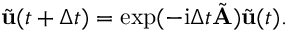
\tilde { \mathbf { u } } ( t + \Delta t ) = \exp ( - \mathrm { i } \Delta t \tilde { \mathbf { A } } ) \tilde { \mathbf { u } } ( t ) .